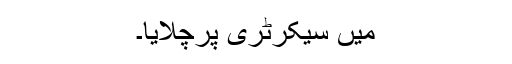
میں سیکرٹری پرچلایا۔